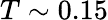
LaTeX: T\sim 0.15